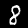
Digit: 8